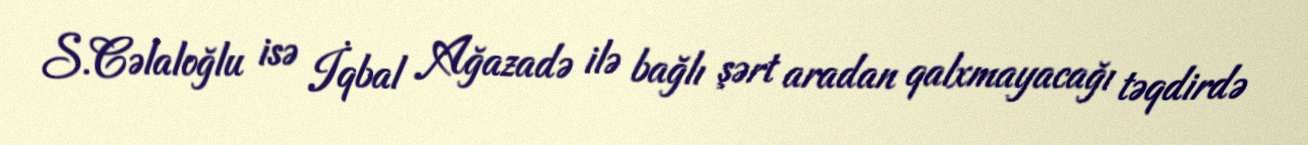
S.Cəlaloğlu isə İqbal Ağazadə ilə bağlı şərt aradan qalxmayacağı təqdirdə